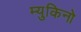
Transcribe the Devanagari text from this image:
म्युकिनो